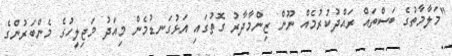
"މަލާމާތުގެ ބަސްތައް ރައްދުކުރުމެއް ނޫން ޒިންމާދާރު ގޮތުގައި އަޅުގަނޑުމެން މިއަދު މަޖިލީހުގެ މެންބަރުންގެ